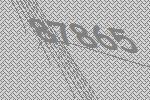
87865